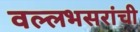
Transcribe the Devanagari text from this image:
वल्लभसरांची